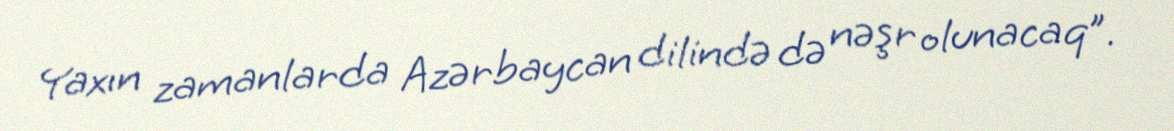
Yaxın zamanlarda Azərbaycan dilində də nəşr olunacaq”.